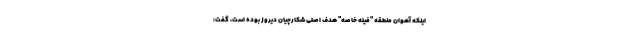
اینکه آهوان منطقه "فیله خاصه" هدف اصلی شکارچیان دیروز بوده است، گفت: